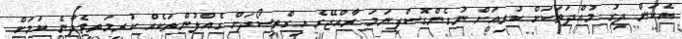
އެކަން ދިގު މުއްދަތަކަށް ކުރިއަށް ނުގެންގޮސްފިނަމަ ރާއްޖޭގެ އިގްތިސޯދަށް ގެއްލުންތަކެއް ކުރިމަތިވެދާނެ ކަމަށް